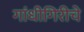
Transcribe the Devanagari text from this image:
गांधीगिरीचे